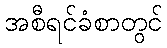
အစီရင်ခံစာတွင်